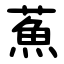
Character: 䔡